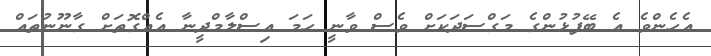
އެހެންވެ އެ ބޭފުޅުންގެ މަގްސަދަކަށް ވެސް ވާނީ ހަމަ އިސްލާމްދީނާ އެއްގޮތަށް ގާނޫނުތައް